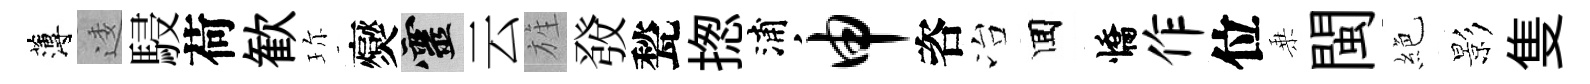
薄逶駸荷歓珎爕靈云旌𤼲甃揔浦申咨冶囬憍作位乗閩絶影隻